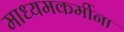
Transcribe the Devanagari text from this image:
माध्यमकर्मीना